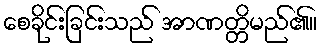
စေခိုင်းခြင်းသည် အာဏတ္တိမည်၏။